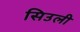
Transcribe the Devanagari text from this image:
सिउली